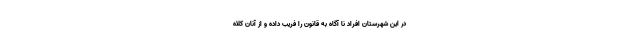
در این شهرستان افراد نا آگاه به قانون را فریب داده و از آنان کلاه